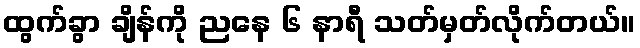
ထွက်ခွာ ချိန်ကို ညနေ ၆ နာရီ သတ်မှတ်လိုက်တယ်။